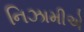
નિઝામીએ